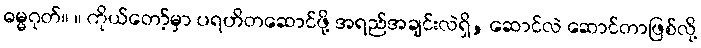
ဓမ္မဂုတ်။ ။ ကိုယ်တော့်မှာ ပရဟိတဆောင်ဖို့ အရည်အချင်းလဲရှိ, ဆောင်လဲ ဆောင်တာဖြစ်လို့